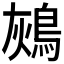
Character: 𪀬